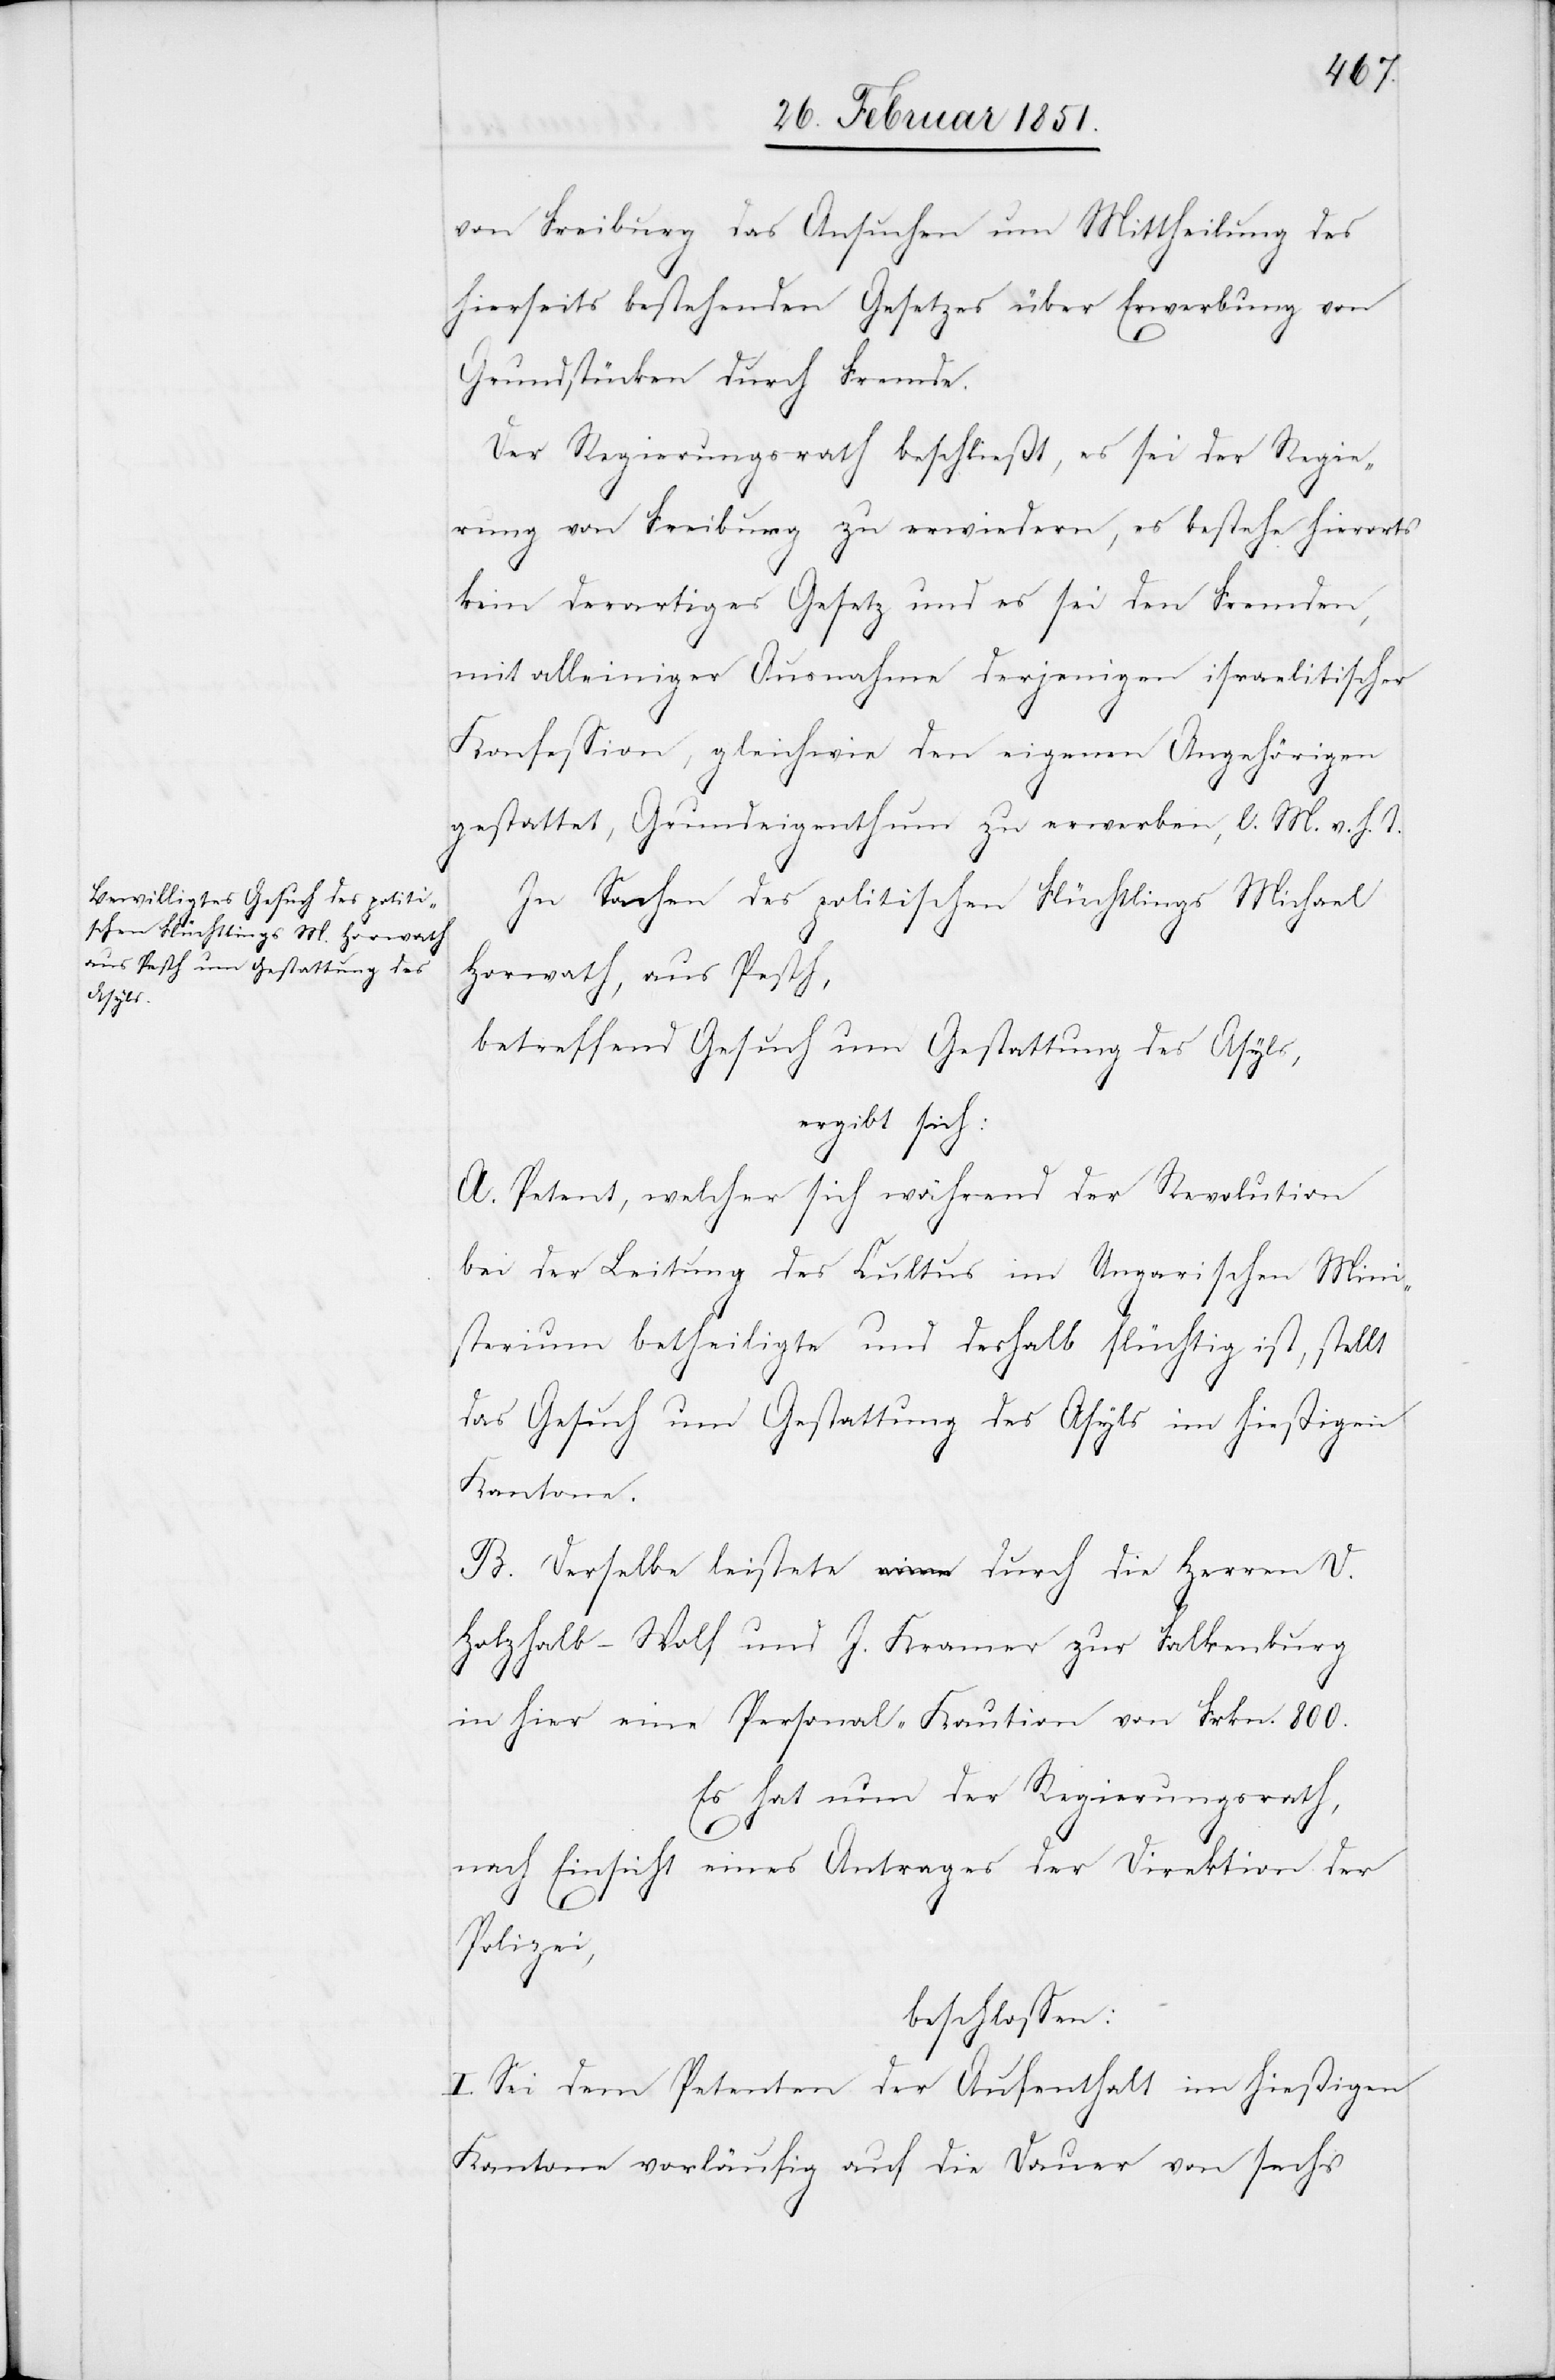
von Freiburg das Ansuchen um Mittheilung des
hierseits bestehenden Gesetzes über Erwerbung von
Grundstücken durch Fremde.
Der Regierungsrath beschließt, es sei der Regie¬
rung von Freiburg zu erwiedern, es bestehe hierorts
kein derartiges Gesetz und es sei den Fremden,
mit alleiniger Ausnahme derjenigen israelitischer
Konfession, gleichwie den eigenen Angehörigen
gestattet, Grundeigenthum zu erwerben, l. M. v. h. T.
In Sachen des politischen Flüchtlings Michael
Horwath, aus Pesth,
betreffend Gesuch um Gestattung des Asyls,
ergibt sich:
A. Petent, welcher sich während der Revolution
bei der Leitung des Cultus im Ungarischen Mini¬
sterium betheiligte und deshalb flüchtig ist, stellt
das Gesuch um Gestattung des Asyls im hießigen
Kantone.
B. Derselbe leistete durch die Herren D.
Holzhalb-Wolf und J. Kramer zur Falkenburg
in hier eine Personal-Kaution von Frkn. 800.
Es hat nun der Regierungsrath,
nach Einsicht eines Antrages der Direktion der
Polizei,
beschlossen:
I. Sei dem Petenten der Aufenthalt im hießigen
Kantone vorläufig auf die Dauer von sechs